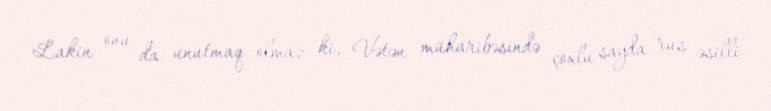
Lakin onu da unutmaq olmaz ki, Vətən müharibəsində çoxlu sayda rus əsilli